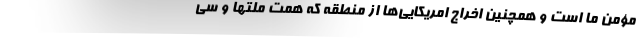
مؤمن ما است و همچنین اخراج امریکایی‌ها از منطقه که همت ملتها و سی